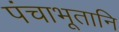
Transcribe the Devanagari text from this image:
पंचाभूतानि